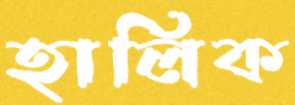
হালিক